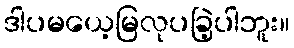
ဒါပမယေ့မြလုပခြဲ့ပါဘူး။